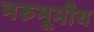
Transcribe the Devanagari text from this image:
मरुभूमीय